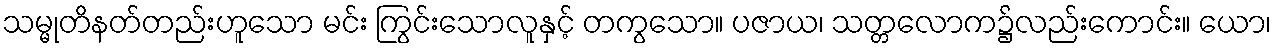
သမ္မုတိနတ်တည်းဟူသော မင်း ကြွင်းသောလူနှင့် တကွသော။ ပဇာယ၊ သတ္တလောက၌လည်းကောင်း။ ယော၊